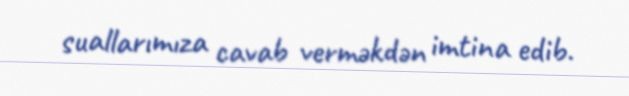
suallarımıza cavab verməkdən imtina edib.